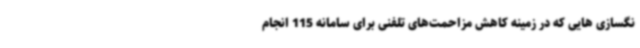
نگسازی هایی که در زمینه کاهش مزاحمت‌های تلفنی برای سامانه 115 انجام